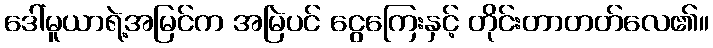
ဒေါ်မူယာရဲ့အမြင်က အမြဲပင် ငွေကြေးနှင့် တိုင်းတာတတ်လေ၏။